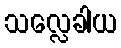
သလ္လေခါယ